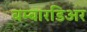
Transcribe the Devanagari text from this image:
बम्बारडिअर